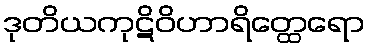
ဒုတိယကုဋိဝိဟာရိတ္ထေရော